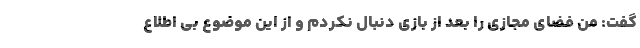
گفت: من فضای مجازی را بعد از بازی دنبال نکردم و از این موضوع بی اطلاع